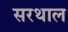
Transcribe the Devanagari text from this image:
सरथाल